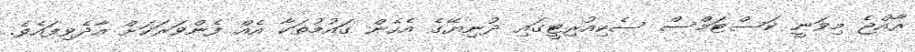
ރާއްޖެ މިވަނީ ކަސްޓަމްސް ސެކިއުރިޓީގައި ދުނިޔޭގެ އެހެން ގައުމުތަކާ އެއް ފެންވަރަކަށް އާދެވިފައެވެ.